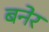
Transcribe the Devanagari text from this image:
बनेर